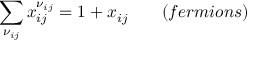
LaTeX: \sum _ { \nu _ { i j } } x _ { i j } ^ { \nu _ { i j } } = 1 + x _ { i j } \; \; \; \; \; \; \; ( f e r m i o n s )